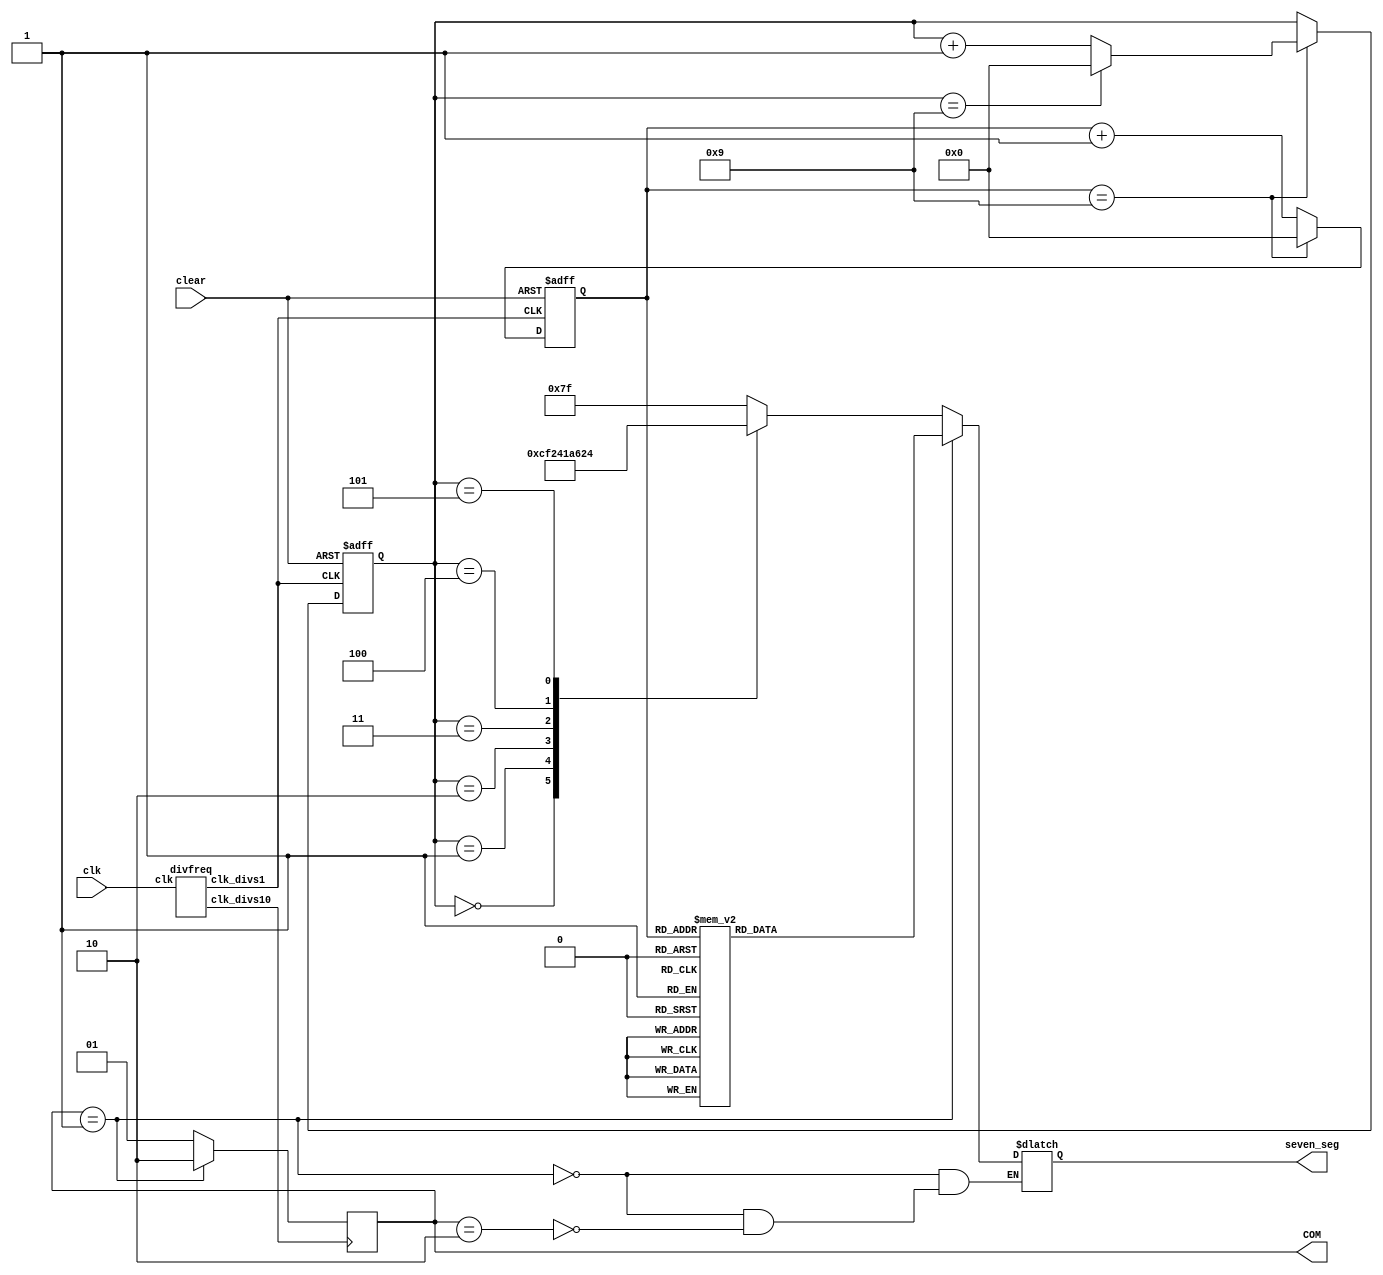
module mscount(
    output reg [0:6] seven_seg,
    output reg [1:0] COM,
    input clk, clear
);

    wire clk_divs1;
    wire clk_divs10;
    reg [3:0] s1_count;
    reg [3:0] s10_count;

    divfreq F0(clk, clk_divs1, clk_divs10);

    always @(posedge clk_divs1, posedge clear) begin
        if (clear) begin
            s1_count <= 4'b0000;
            s10_count <= 4'b0000;
        end
        else begin
            if (s1_count == 4'b1001) begin
                s1_count <= 4'b0000;
                if (s10_count == 4'b1001) s10_count <= 4'b0000;
                else s10_count <= s10_count + 1'b1;
            end
            else s1_count <= s1_count + 1'b1;
        end
    end
    
    always @(posedge clk_divs10) begin
        if (COM == 2'b01) COM <= 2'b10;
        else COM <= 2'b01;
    end

    always @* begin
        if (COM == 2'b01) begin
            case(s1_count)
                4'b0000: seven_seg = 7'b0000001;
                4'b0001: seven_seg = 7'b1001111;
                4'b0010: seven_seg = 7'b0010010;
                4'b0011: seven_seg = 7'b0000110;
                4'b0100: seven_seg = 7'b1001100;
                4'b0101: seven_seg = 7'b0100100;
                4'b0110: seven_seg = 7'b0100000;
                4'b0111: seven_seg = 7'b0001111;
                4'b1000: seven_seg = 7'b0000000;
                4'b1001: seven_seg = 7'b0000100;
                default: seven_seg = 7'b1111111;
            endcase
        end
        else if (COM == 2'b10) begin
            case(s10_count)
                4'b0000: seven_seg = 7'b0000001;
                4'b0001: seven_seg = 7'b1001111;
                4'b0010: seven_seg = 7'b0010010;
                4'b0011: seven_seg = 7'b0000110;
                4'b0100: seven_seg = 7'b1001100;
                4'b0101: seven_seg = 7'b0100100;
                default: seven_seg = 7'b1111111;
            endcase
        end
    end

endmodule

module divfreq(input clk, output reg clk_divs1, output reg clk_divs10);
    reg [24:0] count_s1 = 25'b0;
    reg [24:0] count_s10 = 25'b0;

    always @(posedge clk) begin
        if (count_s1 >= 25000000) begin
            count_s1 <= 25'b0;
            clk_divs1 <= ~clk_divs1;
        end
        else count_s1 <= count_s1 + 1'b1;
        
        if (count_s10 >= 250000) begin
            count_s10 <= 25'b0;
            clk_divs10 <= ~clk_divs10;
        end
        else count_s10 <= count_s10 + 1'b1;
    end
endmodule